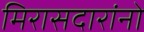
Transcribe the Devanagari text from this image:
मिरासदारांनो